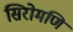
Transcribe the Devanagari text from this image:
सिरोमणि